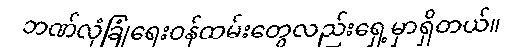
ဘဏ်လုံခြုံရေးဝန်ထမ်းတွေလည်းရှေ့မှာရှိတယ်။